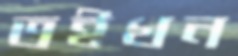
তইখন